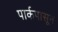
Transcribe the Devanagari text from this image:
पार्कपासून